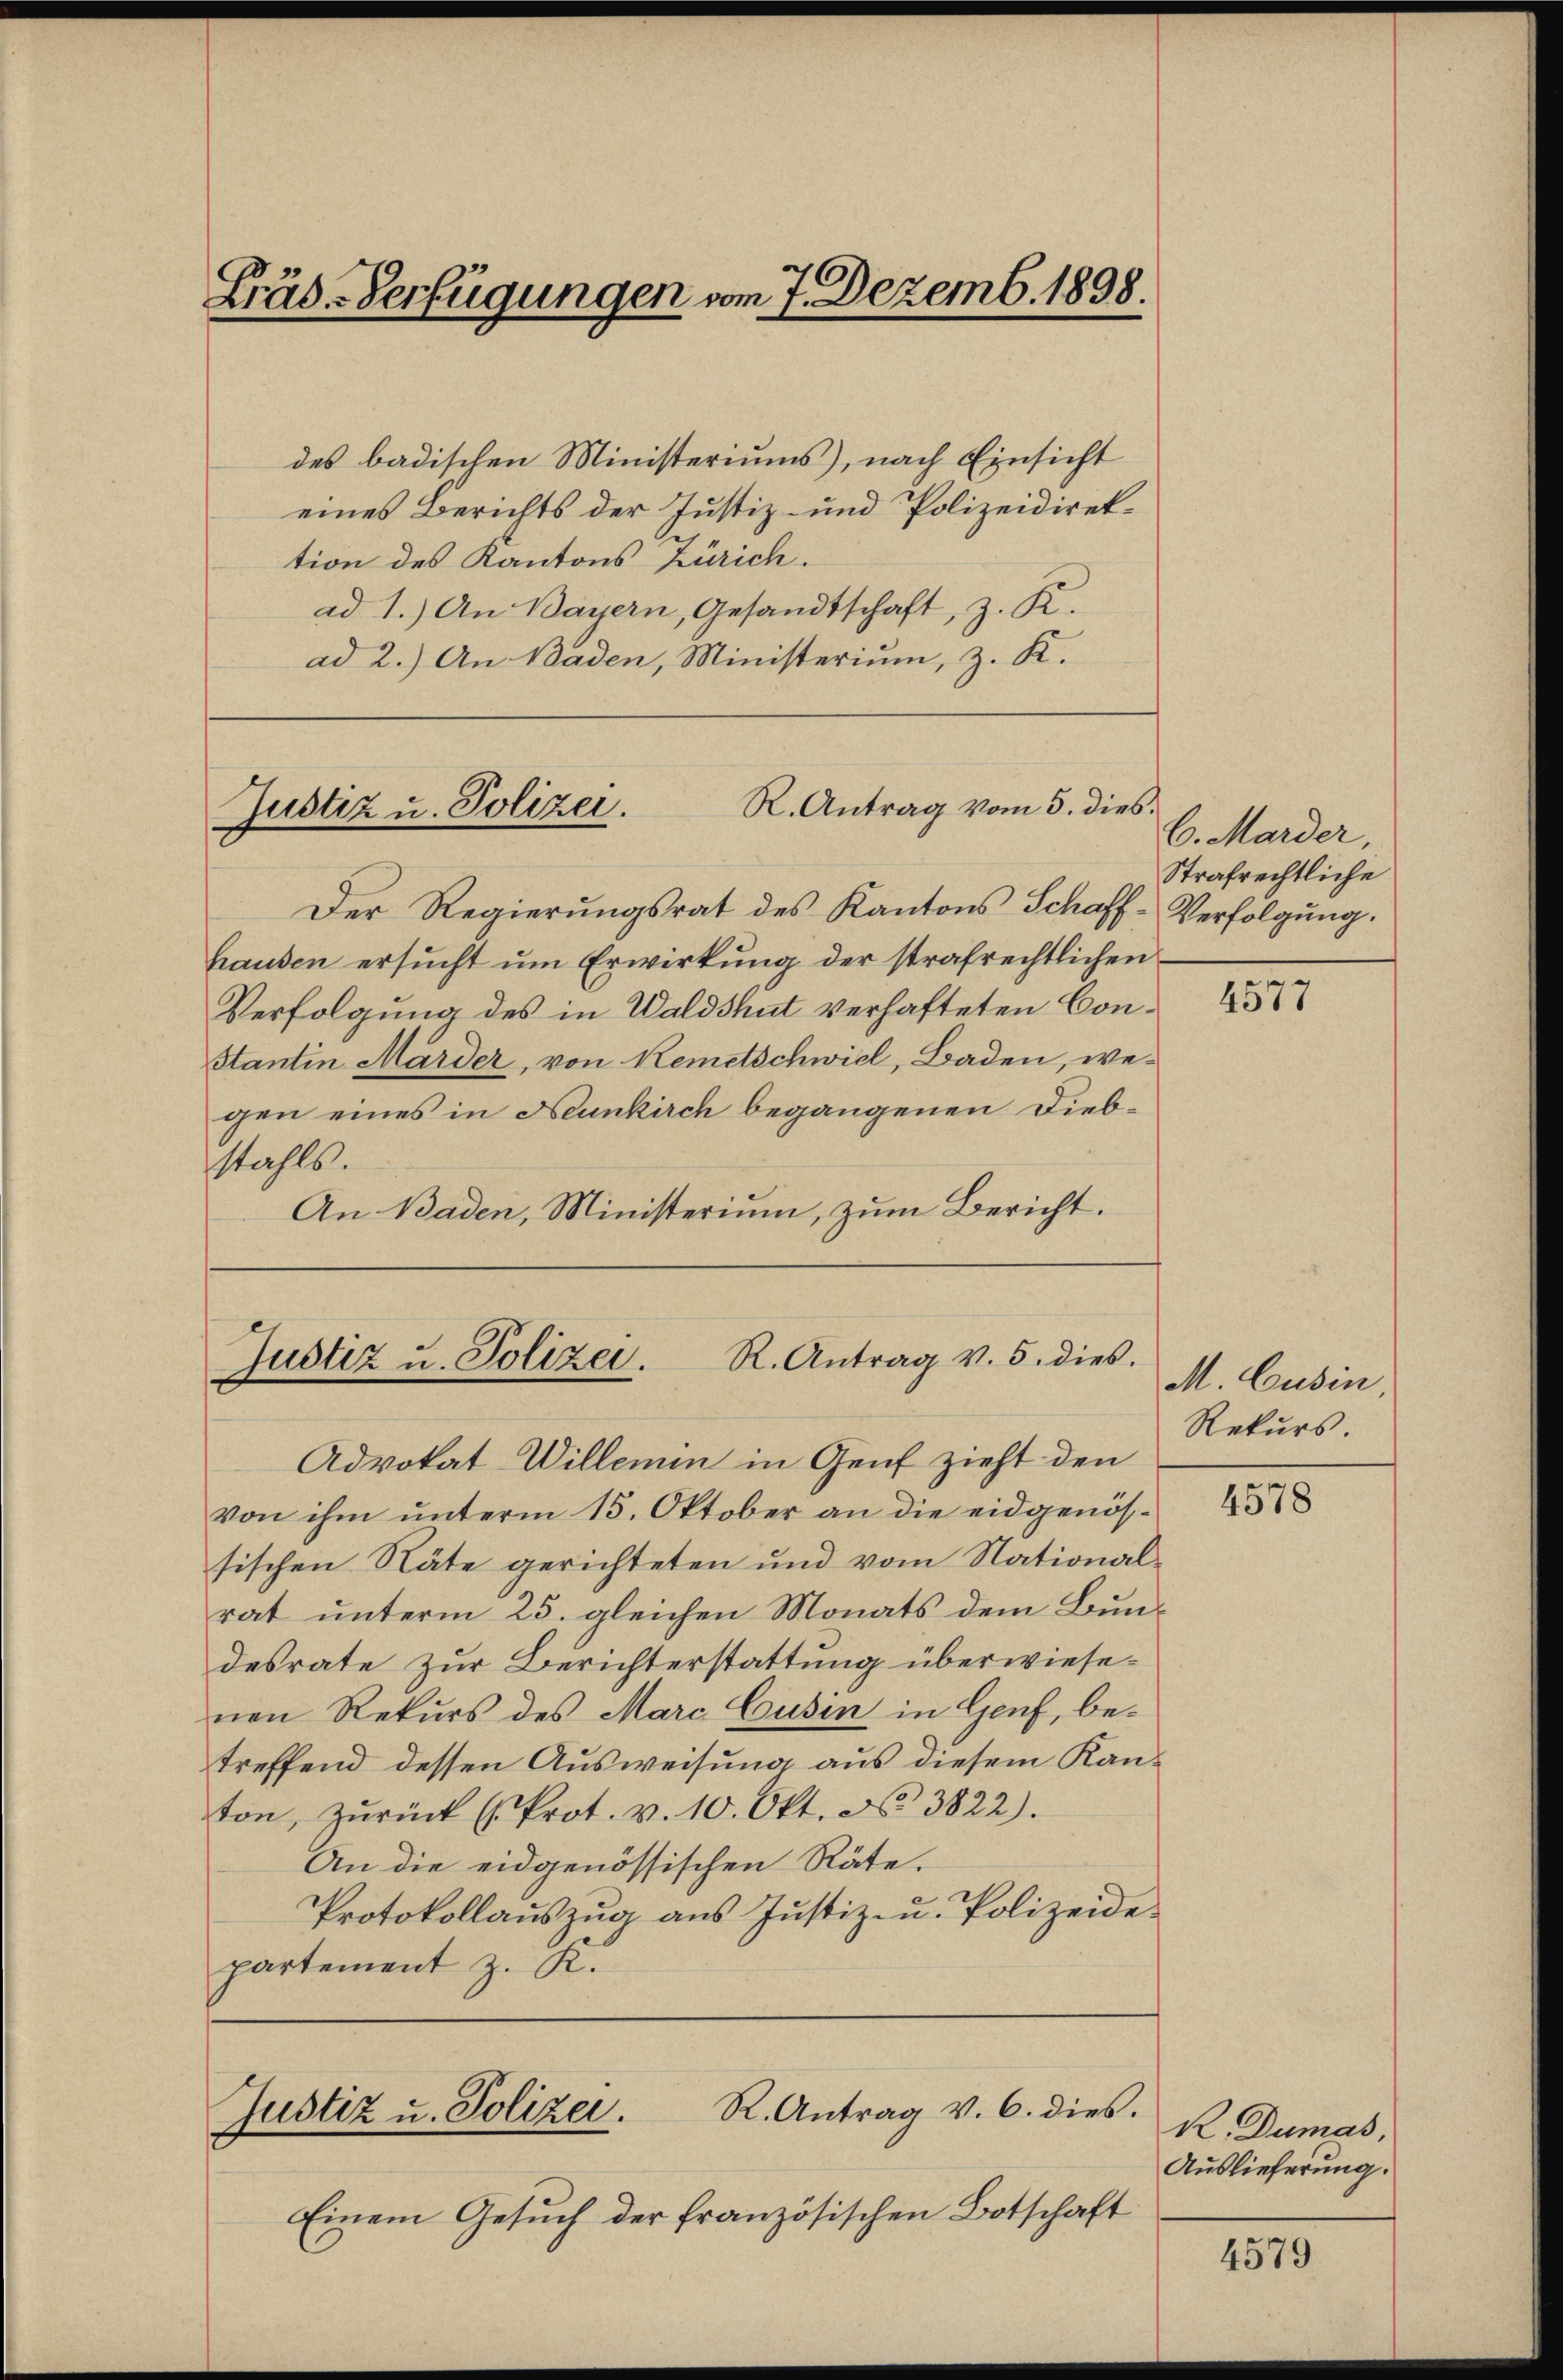
Fräs-Verfügungen vom 7. Dezemb. 1898.

des badischen Ministeriums), nach Einsicht
eines Berichts der Justiz- und Polizeidirektion des Kantons Zürich.
ad 1.) An Bayern, Gesandtschaft, z. K.
ad 2.) An Baden, Ministerium, z. K.

Der Regierungsrat des Kantons Schaff-Verfolgung.
hausen ersucht um Erwirkung der strafrechtlichen
Verfolgung des in Waldshut verhafteten Con¬
Stantin Märder, von Remetschwiel, Baden, wegen eines in Neunkirch begangenen Diebstahls.
An Baden, Ministerium, zum Bericht.

Justiz u. Polizei.

R. Antrag vom 5. dies

R. Antrag v. 5. dies.
Justiz u. Polizei.

Advokat Willemin in Genf zieht den
Von ihm unterm 15. Oktober an die eidgenös-
sischen Räte gerichteten und vom National-
rat unterm 25. gleichen Monats dem Bundesrate zur Berichterstattung überwiesenen Rekurs des Marc Cusin in Genf, betreffend dessen Ausweisung aus diesem Kanton, zŭrück (Prot. v. 10. Okt. No. 3822).
An die eidgenössischen Räte.
Protokollauszug aus Justiz- u. Polizeide
partement z. K.

Einem Gesuch der französischen Botschaft

R. Antrag v. 6. dies.
Justiz u. Polizei.

6. Marder,
Strafrechtliche

4577

M. Cusin,
Rekurs

4578

R. Dumas,
Auslieferung.

4579